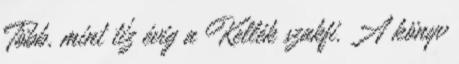
Több, mint tíz évig a Kellék szakfi. A könyv